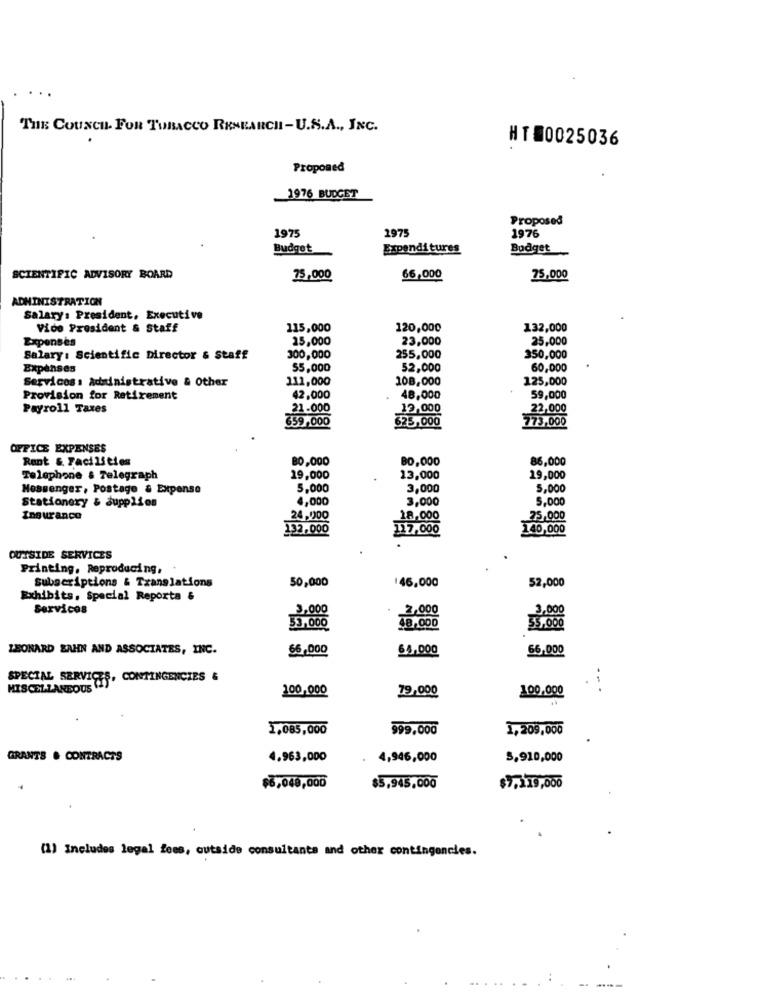
THE COUNCIL FOR TOBACCO RESEARCH-U.S.A ., INC.
HT80025036
Proponed
1976 BUDGET
Proposed
2975
1976
1975
Budget
Expenditures
Budget
SCIENTIFIC ADVISORY BOARD
75,000
66,000
75,000
ADMINISTRATION
Salary: President, Executive
Vice President & Staff
115,000
120,000
132,000
Expenses
25,000
23,000
25,000
Salary: Scientific Director & Staff
300,000
255,000
350,000
Expenses
55,000
52,000
60,000
Services : &diinistrative & Other
111,000
108,000
125,000
Provision for Retirement
42,000
48,000
59,000
Payroll Taxes
21.000
12,000
22,000
659,000
625,000
773,000
OFFICE EXPENSES
Rant & Facilities
80,000
80,000
86,000
Telephone & Telegraph
19,000
13,000
19,000
Messenger, Postage & Expense
5,000
3,000
5,000
Stationery & supplies
4,000
3,000
5,000
Insurance
24,000
18,000
75,000
132.000
17,000
140,000
OUTSIDE SERVICES
Printing, Reproducing,
Subscriptions & Translations
50,000
146,000
52,000
Exhibits, Special Reporta &
Services
2,000
3,000
3,000
48,000
35,000
33,000
LEONARD BAHN AND ASSOCIATES, INC.
66,000
65,000
66,000
SPECIAL SERVICES, CONTINGENCIES &
MISCELLANEOUS (
100,000
79,000
100.000
3,085,000
999,000
1,209,000
GRANTS & CONTRACTS
4.963,000
4,946,000
3,910,000
$6,049,000
$5,945,000
$7,119,000
(1) Includes legal fees, outside consultants and other contingencies.